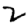
Digit: 2